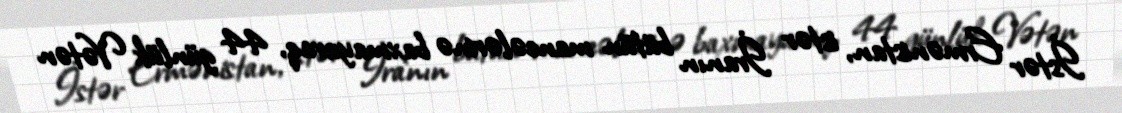
İstər Ermənistan, istər İranın bütün maneələrinə baxmayaraq, 44 günlük Vətən